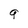
Character: q